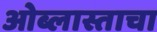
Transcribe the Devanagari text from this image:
ओब्लास्ताचा